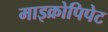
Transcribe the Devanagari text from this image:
माइक्रोपिपेट